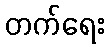
တက်ရေး